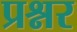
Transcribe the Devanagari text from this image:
प्रश्नर